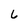
Character: 6